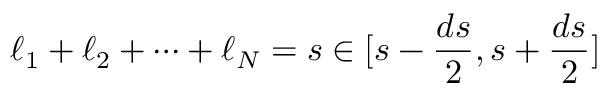
\ell _ { 1 } + \ell _ { 2 } + \dots + \ell _ { N } = s \in [ s - \frac { d s } { 2 } , s + \frac { d s } { 2 } ]